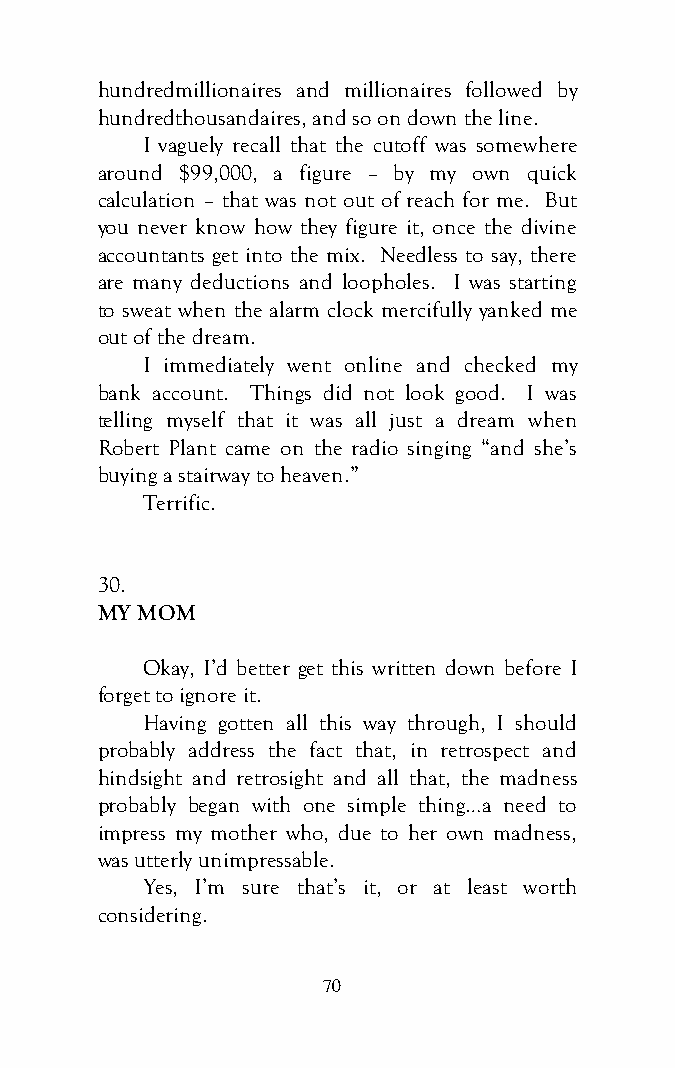
hundredmillionaires and millionaires followed by
 hundredthousandaires, and so on down the line.
 I vaguely recall that the cutoff was somewhere
 around $99,000, a figure – by my own quick
 calculation – that was not out of reach for me. But
 you never know how they figure it, once the divine
 accountants get into the mix. Needless to say, there
 are many deductions and loopholes. I was starting
 to sweat when the alarm clock mercifully yanked me
 out of the dream.
 I immediately went online and checked my
 bank account. Things did not look good. I was
 telling myself that it was all just a dream when
 Robert Plant came on the radio singing “and she’s
 buying a stairway to heaven.”
 Terrific.
 30.
 MY MOM
 Okay, I’d better get this written down before I
 forget to ignore it.
 Having gotten all this way through, I should
 probably address the fact that, in retrospect and
 hindsight and retrosight and all that, the madness
 probably began with one simple thing…a need to
 impress my mother who, due to her own madness,
 was utterly unimpressable.
 Yes, I’m sure that’s it, or at least worth
 considering.
 70